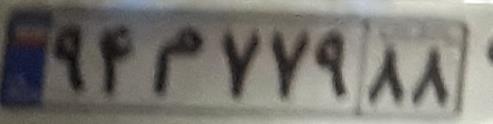
۹۴م۷۷۹۸۸